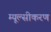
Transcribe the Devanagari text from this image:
म्यूल्सीकरण